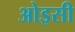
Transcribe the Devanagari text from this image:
ओइसी